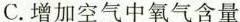
C.增加空气中氧气含量